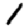
Digit: 1